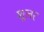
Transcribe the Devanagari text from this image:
शूलर